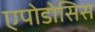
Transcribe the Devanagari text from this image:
एपोडोसिस